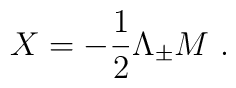
X={-{1\over 2}\Lambda_{\pm}M~.}